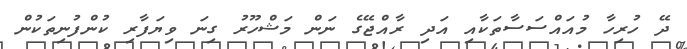
ދޭ ހުރިހާ މުއައްސަސާތަކާއި އަދި ރާއްޖޭގެ ނަން މަޝްހޫރު ގިނަ ވިޔަފާރި ކުންފުނިތަކުން